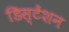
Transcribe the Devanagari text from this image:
डिस्टेंशन